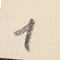
1